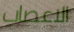
الاعصاب